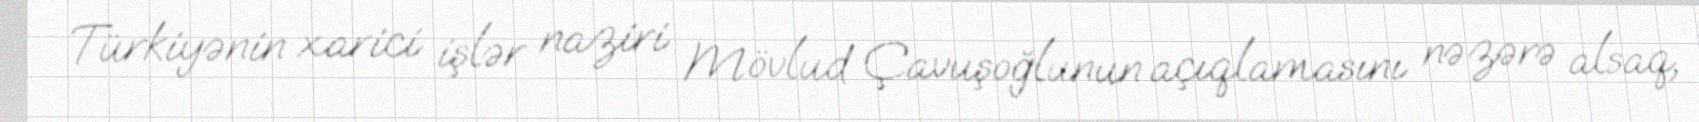
Türkiyənin xarici işlər naziri Mövlud Çavuşoğlunun açıqlamasını nəzərə alsaq,